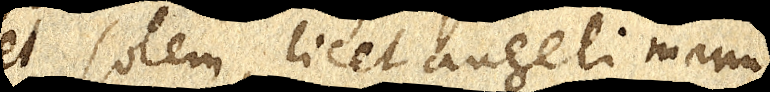
et solem licet angeli manu